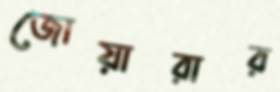
জোয়ারার